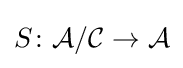
S\colon {\mathcal {A}}/{\mathcal {C}}\rightarrow {\mathcal {A}}